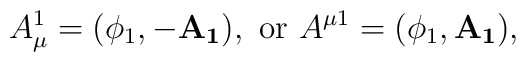
A_\mu^1=(\phi_1,-\mathbf{A_1}),~{\rm or}~ A^{\mu 1} =(\phi_1,\mathbf{A_1}),